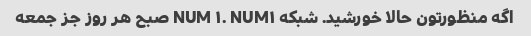
اگه منظورتون حالا خورشید. شبکه NUM ۱. NUM۱ صبح هر روز جز جمعه